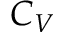
C _ { V }